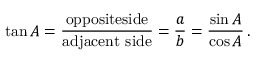
\tan A = { \frac { \mathrm { o p p o s i t e s i d e } } { \mathrm { a d j a c e n t ~ s i d e } } } = { \frac { a } { b } } = { \frac { \sin A } { \cos A } } \, .